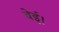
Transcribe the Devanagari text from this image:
वेई।